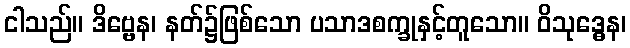
ငါသည်။ ဒိဗ္ဗေန၊ နတ်၌ဖြစ်သော ပသာဒစက္ခုနှင့်တူသော။ ဝိသုဒ္ဓေန၊